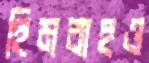
হিমবাহও